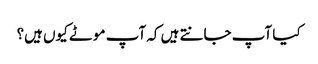
کیا آپ جانتے ہیں کہ آپ موٹے کیوں ہیں؟